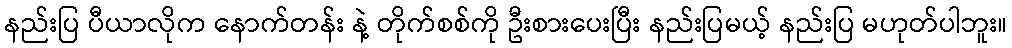
နည်းပြ ပီယာလိုက နောက်တန်း နဲ့ တိုက်စစ်ကို ဦးစားပေးပြီး နည်းပြမယ့် နည်းပြ မဟုတ်ပါဘူး။